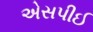
એસપીઈ